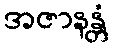
အဇာနန္တံ